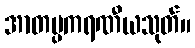
အာတပ္ပကရဏီယသုတ်။